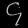
Digit: ၄